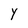
Character: Y